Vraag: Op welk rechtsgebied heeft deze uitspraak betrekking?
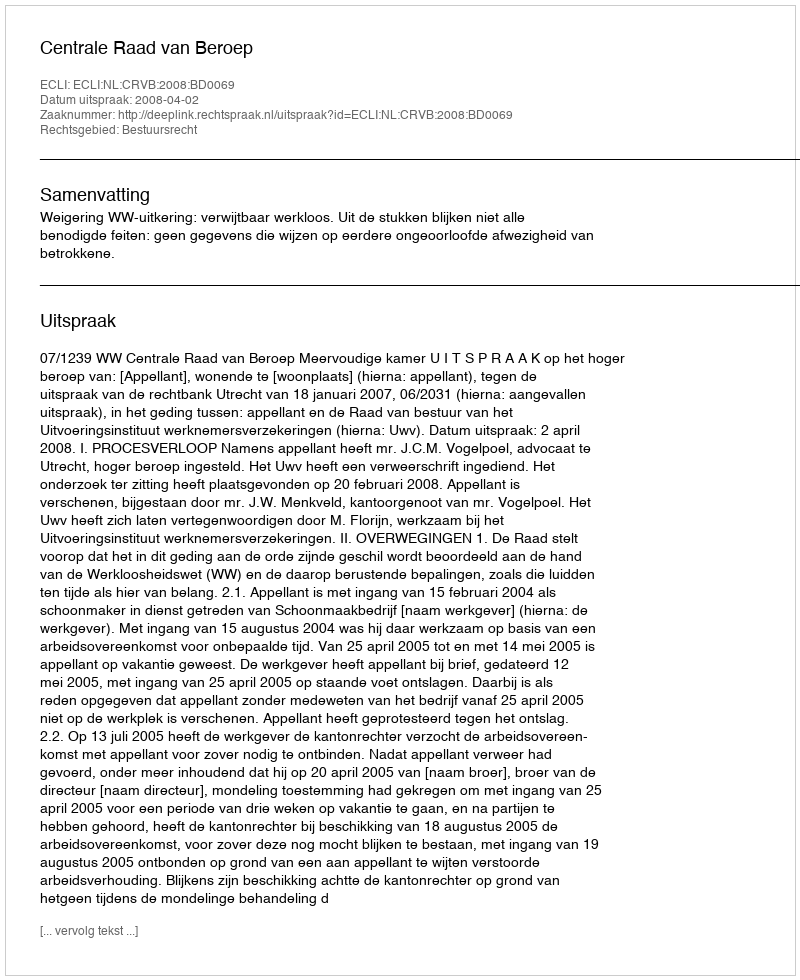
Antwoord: Bestuursrecht